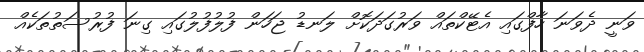
ވަނީ ދެވަނަ ހާފްގައި އެޓޭކްތައް ވަރުގަދަކޮށް ލަނޑު ޖަހަން ފުލުފުލުގައި ގިނަ ފުރުސަތުތަކެއް